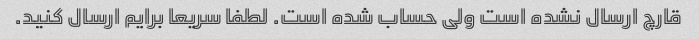
قارچ ارسال نشده است ولی حساب شده است. لطفا سریعا برایم ارسال کنید.